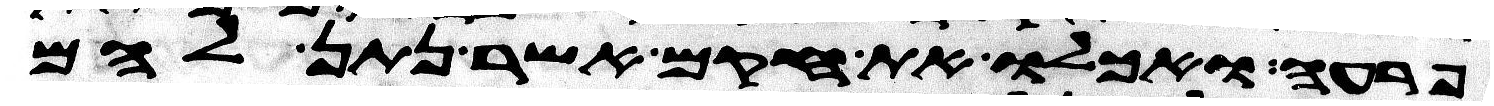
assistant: פרעה ואכלו את חקם אשר נתן להם